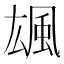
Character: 䫺